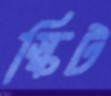
স্কিট